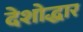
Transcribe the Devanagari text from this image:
देशोद्धार